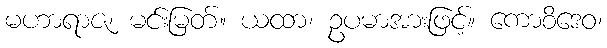
မဟာရာဇ၊ မင်းမြတ်။ ယထာ၊ ဥပမာအားဖြင့်။ ကောစိဒေဝ၊